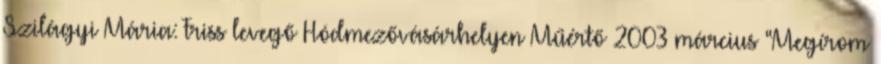
Szilágyi Mária: Friss levegő Hódmezővásárhelyen Műértő 2003 március “Megírom